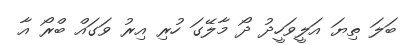
ބަލަ ތިޔަ އަލީވަހީދު ދޯ މާލޭގަ ހުރި އިރު ވަގައް ބްރޯ އާ